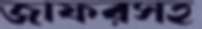
জাফরসহ